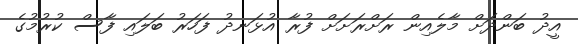
އީދު ބަންދަށް މާލެއިން ރަށްރަށަށް ފުރާ އުޅަނދު ފަހަރު ބަލައި ފާސް ކުރުމުގެ